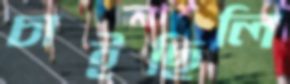
চাইছিলি